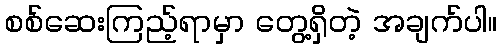
စစ်ဆေးကြည့်ရာမှာ တွေ့ရှိတဲ့ အချက်ပါ။